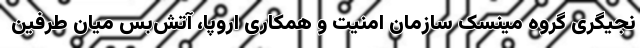
نجیگری گروه مینسک سازمان امنیت و همکاری اروپا، آتش‌بس میان طرفین